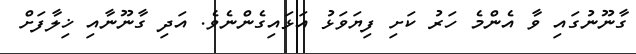
ގާނޫނުގައި ވާ އެންމެ ހަރު ކަށި ފިޔަވަޅު އަޅައިގެންނެވެ. އަދި ގާނޫނާއި ޚިލާފަށް